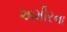
અમીરના